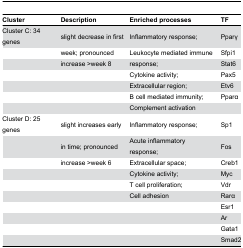
<table><thead><tr><td><b>Cluster</b></td><td><b>Description</b></td><td><b>Enriched processes</b></td><td><b>TF</b></td></tr></thead><tbody><tr><td>Cluster C: 34 genes</td><td>slight decrease in first</td><td>Inflammatory response;</td><td>Pparγ</td></tr><tr><td></td><td>week; pronounced</td><td>Leukocyte mediated immune</td><td>Sfpi1</td></tr><tr><td></td><td>increase &gt;week 8</td><td>response;</td><td>Stat6</td></tr><tr><td></td><td></td><td>Cytokine activity;</td><td>Pax5</td></tr><tr><td></td><td></td><td>Extracellular region;</td><td>Etv6</td></tr><tr><td></td><td></td><td>B cell mediated immunity;</td><td>Pparα</td></tr><tr><td></td><td></td><td>Complement activation</td><td></td></tr><tr><td>Cluster D: 25 genes</td><td>slight increases early</td><td>Inflammatory response;</td><td>Sp1</td></tr><tr><td></td><td>in time; pronounced</td><td>Acute inflammatory response;</td><td>Fos</td></tr><tr><td></td><td>increase &gt;week 6</td><td>Extracellular space;</td><td>Creb1</td></tr><tr><td></td><td></td><td>Cytokine activity;</td><td>Myc</td></tr><tr><td></td><td></td><td>T cell proliferation;</td><td>Vdr</td></tr><tr><td></td><td></td><td>Cell adhesion</td><td>Rarα</td></tr><tr><td></td><td></td><td></td><td>Esr1</td></tr><tr><td></td><td></td><td></td><td>Ar</td></tr><tr><td></td><td></td><td></td><td>Gata1</td></tr><tr><td></td><td></td><td></td><td>Smad2</td></tr></tbody></table>